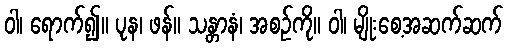
ဝါ၊ ရောက်၍။ ပုန၊ ဖန်။ သန္တာနံ၊ အစဉ်ကို။ ဝါ၊ မျိုးစေ့အဆက်ဆက်